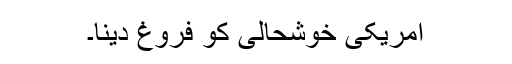
امریکی خوشحالی کو فروغ دینا۔